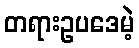
တရားဥပဒေမဲ့